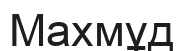
Махмұд